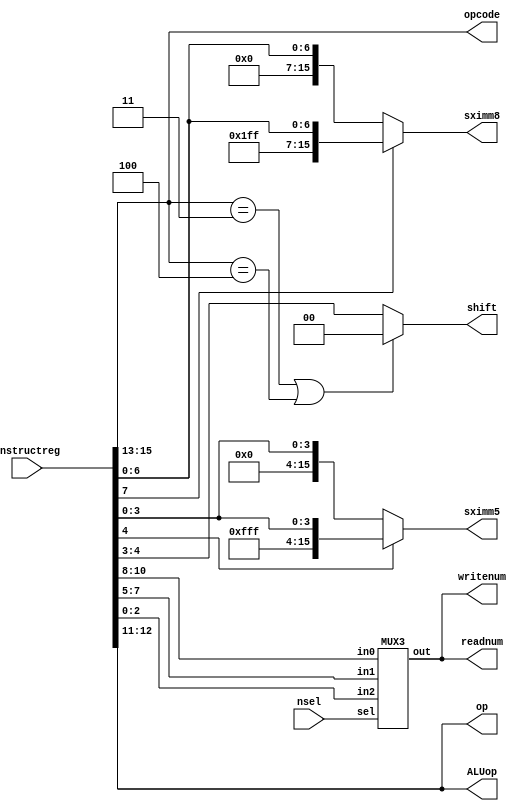
module instruct_dec(instructreg, nsel, opcode, op, ALUop, sximm5, sximm8, shift, readnum, writenum);

input [15:0] instructreg;
input [2:0] nsel;

output [2:0] opcode;
output [1:0] op;
output [1:0] ALUop;
output reg [15:0] sximm5;
output reg [15:0] sximm8;
output [1:0] shift;
output [2:0] readnum;
output [2:0] writenum;

wire [4:0] imm5;
wire [7:0] imm8;
wire [2:0] Rn, Rd, Rm;
wire [2:0] mux_out;
//making sure to disable shiftig for load and store instructions
assign shift = ((opcode==3'b011)|(opcode==3'b100))? 2'b00 :instructreg[4:3] ; 
assign Rn = instructreg[10:8];
assign Rd = instructreg[7:5];
assign Rm = instructreg[2:0];

MUX3 outputMUX(nsel, Rn, Rd, Rm, mux_out);

assign readnum=mux_out;
assign writenum = mux_out;

assign imm5 = instructreg[4:0];
assign imm8 = instructreg[7:0];

assign opcode = instructreg[15:13];
assign op = instructreg[12:11];	
assign ALUop = instructreg[12:11];

//sign extend imm5
always@* begin
	if(imm5[4]== 1'b0)begin
		sximm5 = {{11{1'b0}},imm5};
	end
	else if(imm5[4]== 1'b1) begin
		sximm5 = {{11{1'b1}},imm5};
	end
	else begin
		sximm5 = {16{1'bx}};
	end
end

//sign extend imm8

always @* begin 
	if(imm8[7] == 1'b0) begin
		sximm8 = {{8{1'b0}},imm8};
	end
	else if (imm8[7] == 1'b1)begin
		sximm8 = {{8{1'b1}},imm8};
	end
	else begin
	sximm8 = {16{1'bx}};
	end
end

endmodule


//3-bit multiplexer with one-hot select for three inputs
module MUX3(sel,in0,in1,in2,out);

//this should be 1 hot select signal
input [2:0] sel;

input [2:0] in0,in1,in2;
output reg [2:0] out;

/*
assigning appropriate ouput to input based on which bit of sel is hot(equal to 1).
This will obviously misbehave if multiple bits of sel are 1. If none of sel[7:0]=1 then output is 16'bx
*/
always@(sel,in0,in1,in2) begin
if(sel[0]==1'b1)
out=in0;
else if(sel[1]==1'b1)
out=in1;
else if(sel[2]==1'b1)
out=in2;
else begin

out=3'bx;
end
end
endmodule